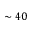
\sim 4 0